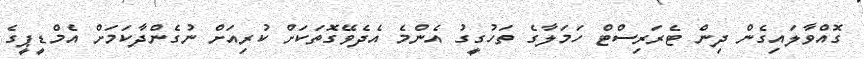
ގޮއްވާލައިގެން ދިން ޓެރަރިސްޓް ހަމަލާގެ ތަހުގީގު އެންމެ އެދެވޭގޮތަކަށް ކުރިއަށް ނުގެންދާކަމަށް އެމްޑީޕީގެ